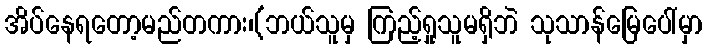
အိပ်နေရတော့မည်တကား၊(ဘယ်သူမှ ကြည့်ရှုသူမရှိဘဲ သုသာန်မြေပေါ်မှာ